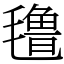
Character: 氇